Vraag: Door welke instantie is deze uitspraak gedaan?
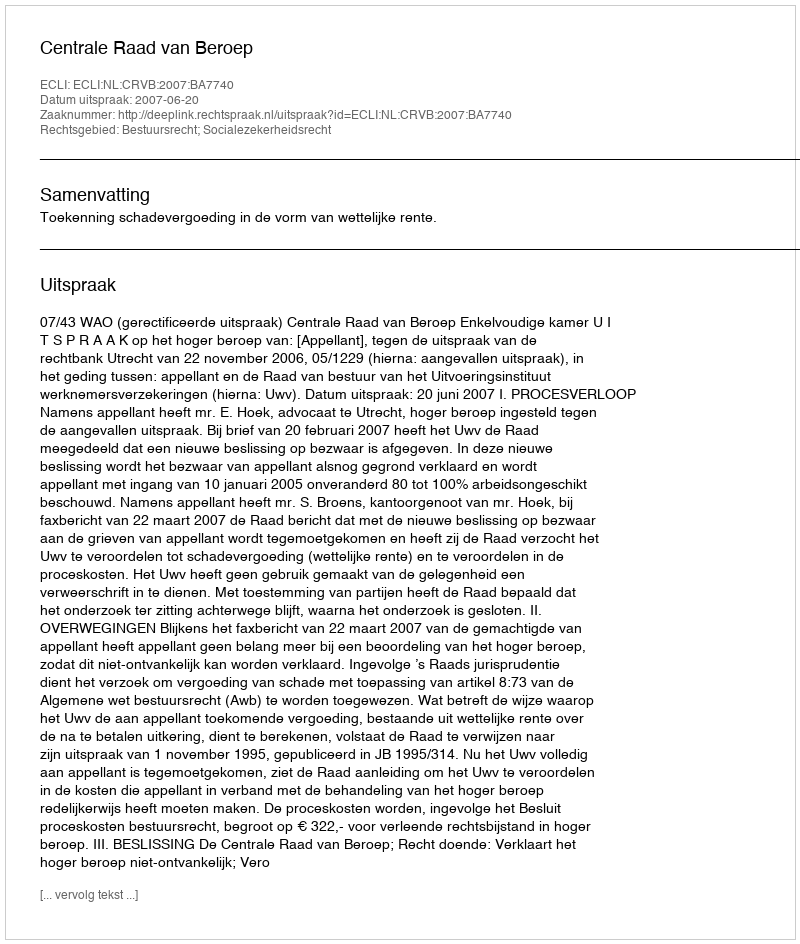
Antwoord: Centrale Raad van Beroep